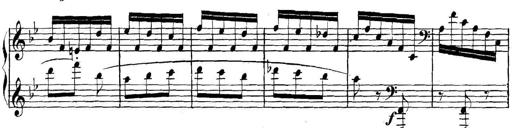
Title: Collected Piano Sonatas
Composer: Muzio Clementi